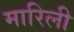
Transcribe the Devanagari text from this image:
मारिली